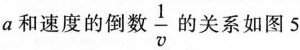
a和速度的倒数\frac{1}{v}的关系如图5